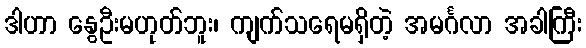
ဒါဟာ နွေဦးမဟုတ်ဘူး၊ ကျက်သရေမရှိတဲ့ အမင်္ဂလာ အခါကြီး